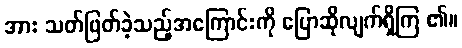
အား သတ်ဖြတ်ခဲ့သည့်အကြောင်းကို ပြောဆိုလျက်ရှိကြ ၏။